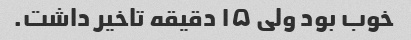
خوب بود ولی ۱۵ دقیقه تاخیر داشت.